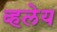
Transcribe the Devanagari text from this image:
व्हलेय